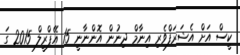
ކީސް އަށް އެޝަރަފްވެރި އިނާމް ދިނުން އޮންނާނީ 15 އޭޕްރީލް 2015 ގަ